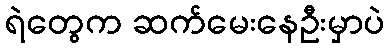
ရဲတွေက ဆက်မေးနေဦးမှာပဲ